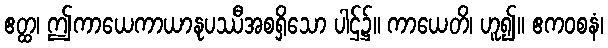
ဧတ္ထ၊ ဤကာယေကာယာနုပဿီအစရှိသော ပါဌ်၌။ ကာယေတိ၊ ဟူ၍။ ဧကဝစနံ၊